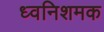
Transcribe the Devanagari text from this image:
ध्वनिशमक